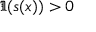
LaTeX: \Im ( s ( x ) ) > 0